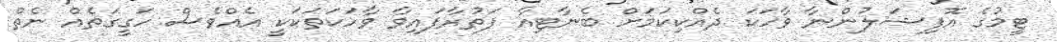
ޓީމުގެ އޮފިޝަލުންނާ ވާހަކަ ދެއްކިކަމަށް ބެނާޓިއާ ފަތުރާފައިވާ ވާހަކަތަކަކީ އެއްވެސް ހަގީގަތެއް ނެތް